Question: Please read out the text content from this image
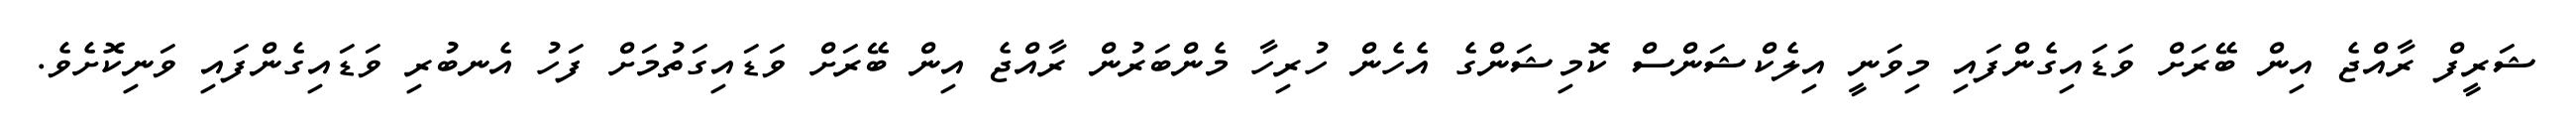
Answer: ޝަރީފް ރާއްޖެ އިން ބޭރަށް ވަޑައިގެންފައި މިވަނީ އިލެކްޝަންސް ކޮމިޝަންގެ އެހެން ހުރިހާ މެންބަރުން ރާއްޖެ އިން ބޭރަށް ވަޑައިގަތުމަށް ފަހު އެނބުރި ވަޑައިގެންފައި ވަނިކޮށެވެ.